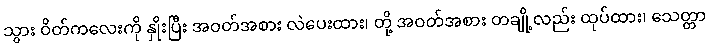
သွား ဝိတ်ကလေးကို နှိုးပြီး အဝတ်အစား လဲပေးထား၊ တို့ အဝတ်အစား တချို့လည်း ထုပ်ထား၊ သေတ္တာ